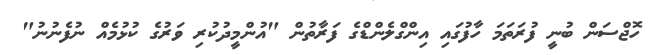
ހޮޖްސަން ބުނީ ފުރަތަމަ ހާފުގައި އިންގްލެންޑްގެ ފަރާތުން "އުންމީދުކުރި ވަރުގެ ކުޅުމެއް ނުފެނުނު"